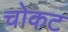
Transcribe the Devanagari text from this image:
चोकट